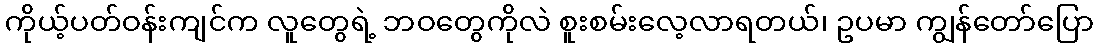
ကိုယ့်ပတ်ဝန်းကျင်က လူတွေရဲ့ ဘဝတွေကိုလဲ စူးစမ်းလေ့လာရတယ်၊ ဥပမာ ကျွန်တော်ပြော